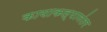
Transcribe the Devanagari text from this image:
कायाकल्पानंतर